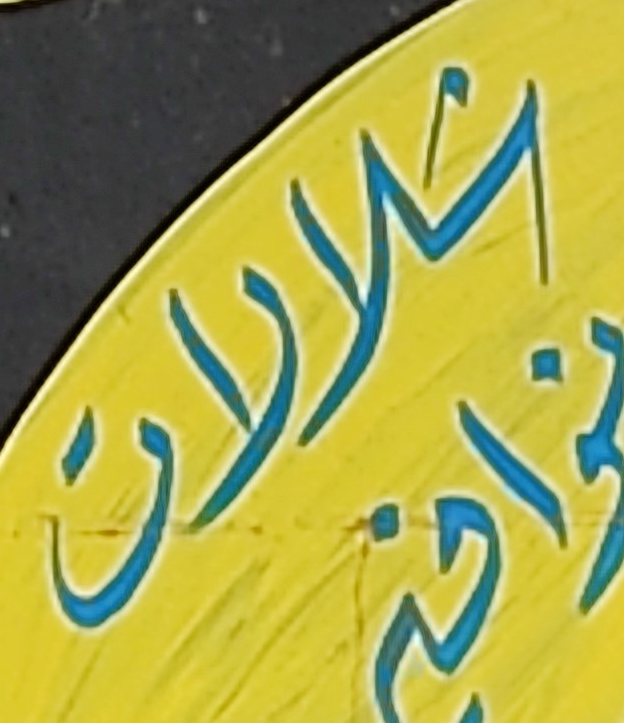
شلالات